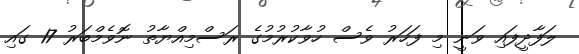
ލަފާދީފައި ވަނީ މި ފަހަރު ވެސް ހުވާކުރުމުގެ ރަސްމިއްޔާތު ނޮވެމްބަރު 17 ގައި